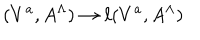
( V ^ { a } , A ^ { \Lambda } ) \rightarrow \ell ( V ^ { a } , A ^ { \Lambda } )